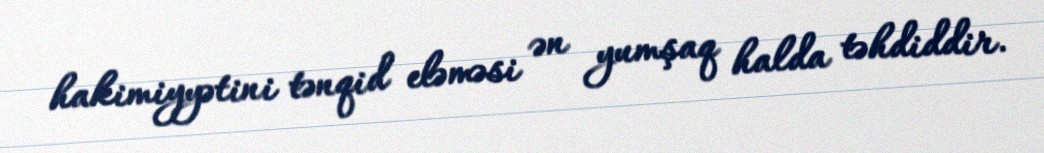
hakimiyyətini tənqid eləməsi ən yumşaq halda təhdiddir.